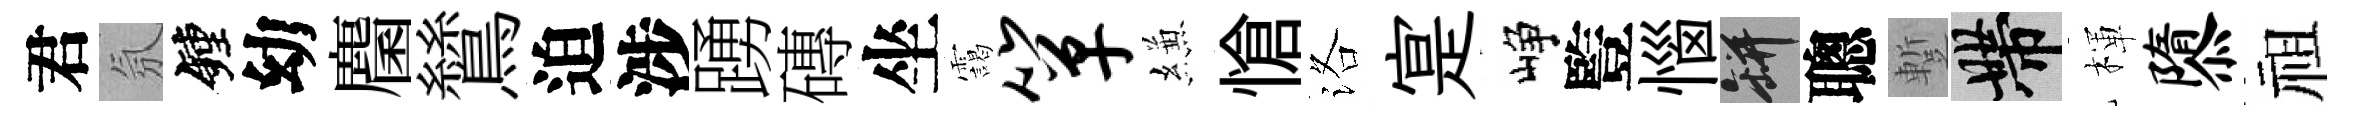
君氛鐘幼麕鷥迫涉踴磚坐靄箪縑愴洛寔峥䜿惱瓶聰蹔帶楎隳祖